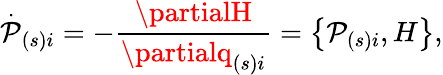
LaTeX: \stackrel{.}{\mathcal{P}}_{\left(s\right)i}=-\frac{{\partialH}}{{\partialq_{\left(s\right)i}}}=\left\{ \mathcal{P}_{\left(s\right)i},H\right\} ,